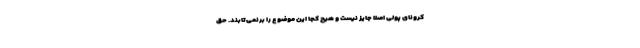
کرونای پولی اصلا جایز نیست و هیچ کجا این موضوع را برنمی‌تابند. حق